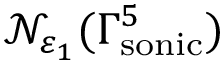
\mathcal { N } _ { \varepsilon _ { 1 } } ( \Gamma _ { \mathrm { s o n i c } } ^ { 5 } )